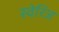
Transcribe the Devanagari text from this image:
स्वेरिंज